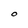
Character: O